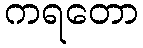
ကရတော